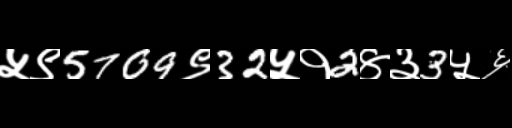
Text: ५९5709९32५१2४३3५६